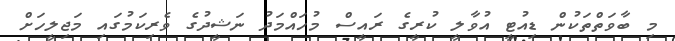
މި ބާވަތްތަކުން ޑިއުޓީ އުވާލީ ކުރީގެ ރައީސް މުހައްމަދު ނަޝީދުގެ ވެރިކަމުގައި މަޖިލީހަށް